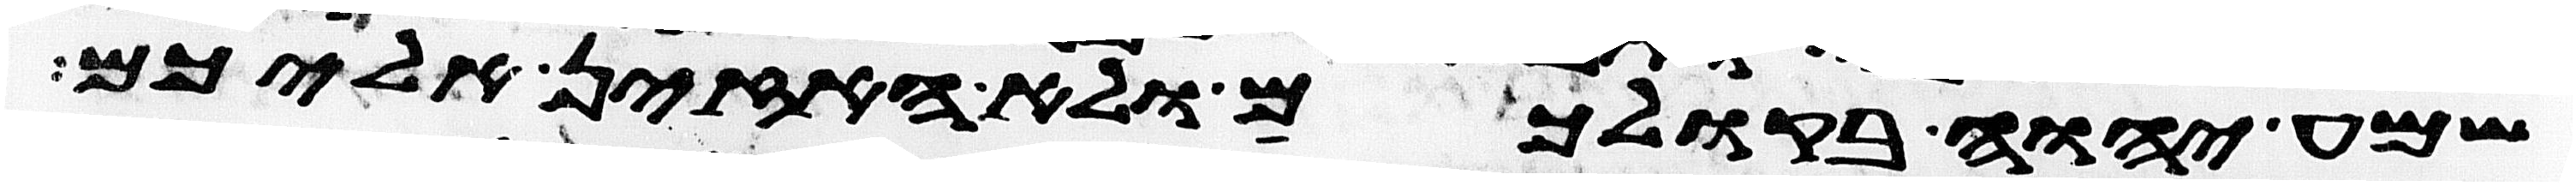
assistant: שמע יהוה בקולכם ולא האזין אליכם